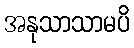
အနုသာသာမပိ